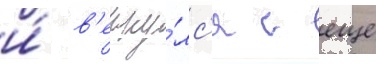
и́ в'ерну́лс'я с еще